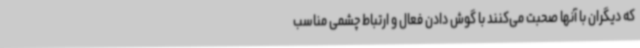
که دیگران با آنها صحبت می‌کنند با گوش دادن فعال و ارتباط چشمی مناسب